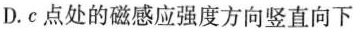
D.c点处的磁感应强度方向竖直向下